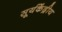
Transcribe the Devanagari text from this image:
सूर्यकेंद्रीय